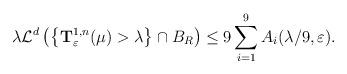
LaTeX: \begin{align*}\lambda\mathcal{L}^d\left(\left\{ \mathbf{T}_{\varepsilon}^{1,n}(\mu)>\lambda \right\}\cap B_R\right)\leq 9\sum_{i=1}^{9}A_{i}(\lambda/9,\varepsilon).\end{align*}